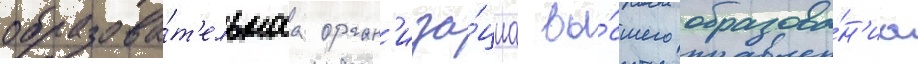
образова́т'ельнаа орган'иза́циа вы́сшего образова́н'иа